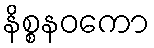
နိစ္စနဝကော